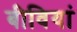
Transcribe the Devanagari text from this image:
बीवियां